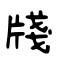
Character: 牋